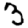
Digit: 3